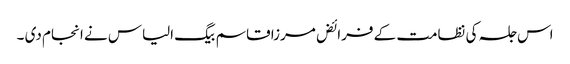
اس جلسہ کی نظامت کے فرائض مرزا قاسم بیگ الیاس نے انجام دی ۔